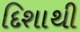
દિશાથી